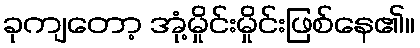
ခုကျတော့ အုံ့မှိုင်းမှိုင်းဖြစ်နေ၏။